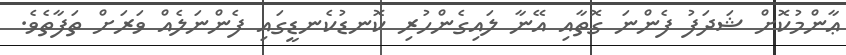
ޢާންމުކޮށް ޝަދަފު ފެންނަ ގޮތާއި އޭނާ ލައިގެންހުރި ކޮނޑުކެނޑީގައި ފެންނަލެއް ވަރަށް ތަފާތެވެ.